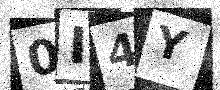
Text: 0I4Y